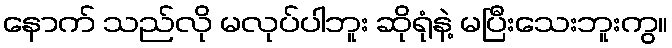
နောက် သည်လို မလုပ်ပါဘူး ဆိုရုံနဲ့ မပြီးသေးဘူးကွ။